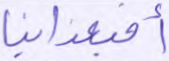
أفبعذابنا